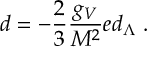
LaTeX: d = - { \frac { 2 } { 3 } } { \frac { g _ { V } } { M ^ { 2 } } } e d _ { \Lambda } \; .